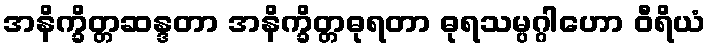
အနိက္ခိတ္တဆန္ဒတာ အနိက္ခိတ္တဓုရတာ ဓုရသမ္ပဂ္ဂါဟော ဝီရိယံ